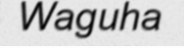
Waguha